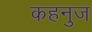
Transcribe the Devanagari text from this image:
कहनुज